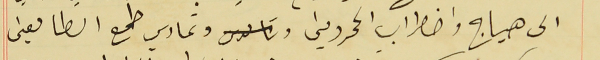
الى هياج واضطراب المحرومين وتمادي طمع الطامعين